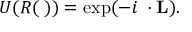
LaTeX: U ( R ( \mathbf { \theta } ) ) = \exp ( - i \mathbf { \theta } \cdot \mathbf { L } ) .